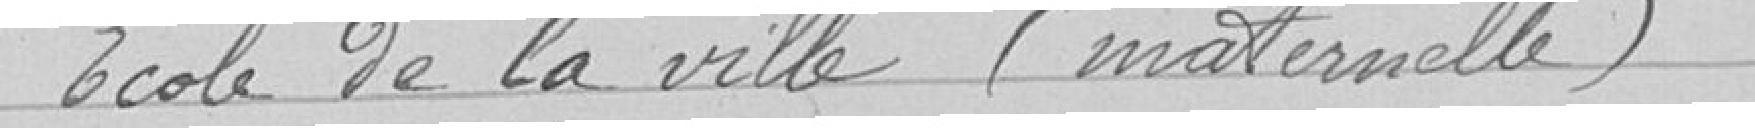
Ecole de la ville (maternelle)